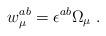
LaTeX: \begin{align*}w_\mu^{ab} = \epsilon^{ab} \Omega_\mu\; .\end{align*}